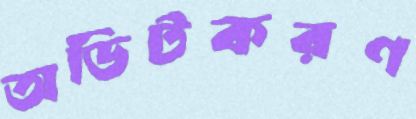
অডিটকরণ